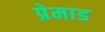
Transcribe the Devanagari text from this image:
प्रेमाड